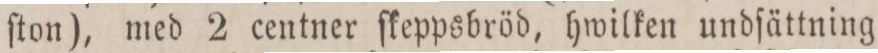
ſton), med 2 centner ſkeppsbröd, hwilken undſättning